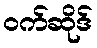
ဝက်ဆိုဒ်